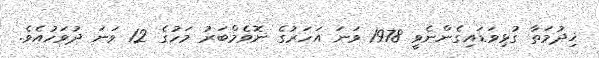
ޚިދުމަތާ ގުޅިވަޑައިގެންނެވީ 1978 ވަނަ އަހަރުގެ ނޮވެމްބަރު މަހުގެ 12 ވަނަ ދުވަހުއެވެ.